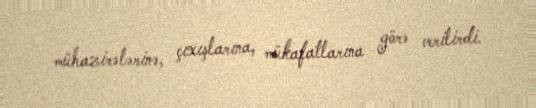
mühazirələrinə, çıxışlarına, mükafatlarına görə verilirdi.